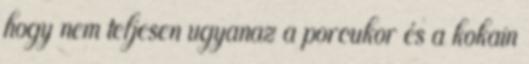
hogy nem teljesen ugyanaz a porcukor és a kokain